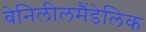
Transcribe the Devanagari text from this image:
वेनिलीलमैंडेलिक